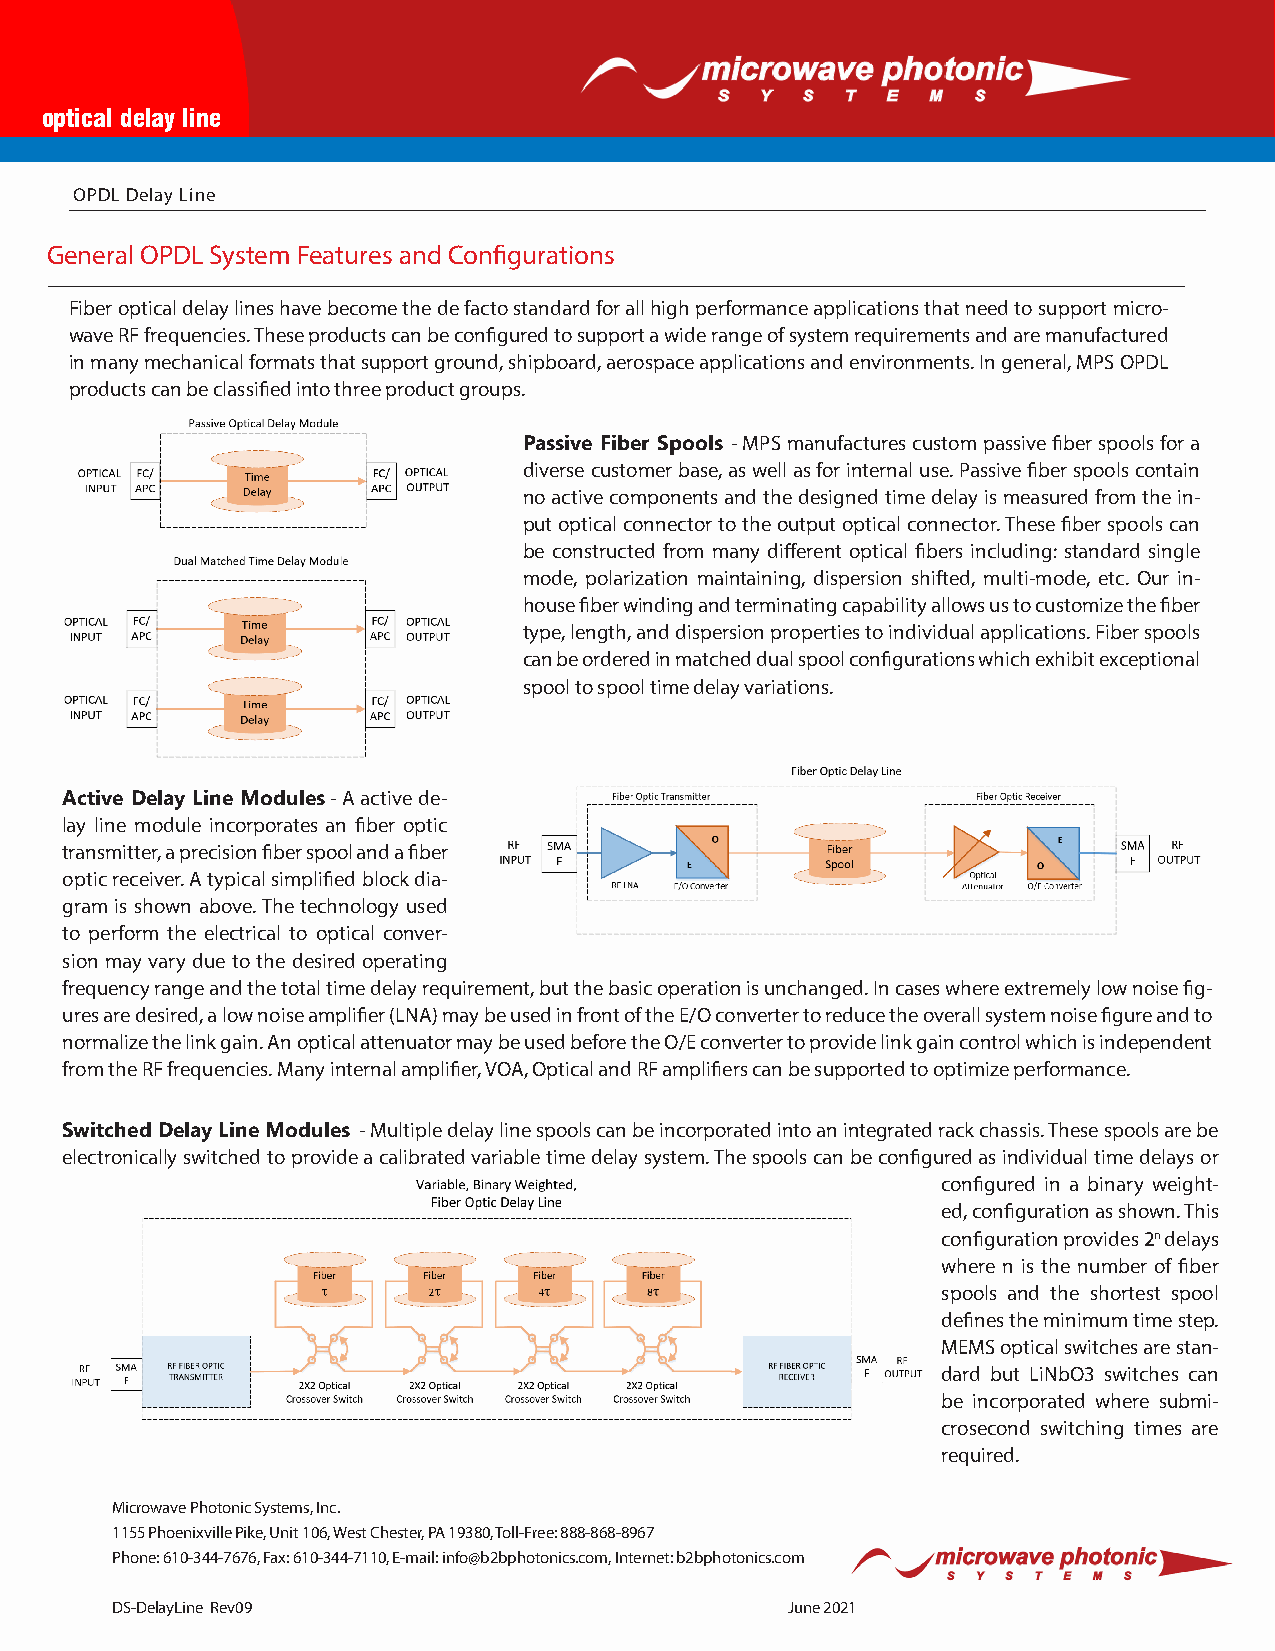
optical delay line
 OPDL Delay Line
 General OPDL System Features and Configurations
 Fiber optical delay lines have become the de facto standard for all high performance applications that need to support micro-
 wave RF frequencies. These products can be configured to support a wide range of system requirements and are manufactured
 in many mechanical formats that support ground, shipboard, aerospace applications and environments. In general, MPS OPDL
 products can be classified into three product groups.
 Passive Fiber Spools - MPS manufactures custom passive fiber spools for a
 diverse customer base, as well as for internal use. Passive fiber spools contain
 no active components and the designed time delay is measured from the in-
 put optical connector to the output optical connector. These fiber spools can
 be constructed from many different optical fibers including: standard single
 mode, polarization maintaining, dispersion shifted, multi-mode, etc. Our in-
 house fiber winding and terminating capability allows us to customize the fiber
 type, length, and dispersion properties to individual applications. Fiber spools
 can be ordered in matched dual spool configurations which exhibit exceptional
 spool to spool time delay variations.
 Active Delay Line Modules - A active de-
 lay line module incorporates an fiber optic
 transmitter, a precision fiber spool and a fiber
 optic receiver. A typical simplified block dia-
 gram is shown above. The technology used
 to perform the electrical to optical conver-
 sion may vary due to the desired operating
 frequency range and the total time delay requirement, but the basic operation is unchanged. In cases where extremely low noise fig-
 ures are desired, a low noise amplifier (LNA) may be used in front of the E/O converter to reduce the overall system noise figure and to
 normalize the link gain. An optical attenuator may be used before the O/E converter to provide link gain control which is independent
 from the RF frequencies. Many internal amplifier, VOA, Optical and RF amplifiers can be supported to optimize performance.
 Switched Delay Line Modules - Multiple delay line spools can be incorporated into an integrated rack chassis. These spools are be
 electronically switched to provide a calibrated variable time delay system. The spools can be configured as individual time delays or
 configured in a binary weight-
 ed, configuration as shown. This
 configuration provides 2n delays
 where n is the number of fiber
 spools and the shortest spool
 defines the minimum time step.
 MEMS optical switches are stan-
 dard but LiNbO3 switches can
 be incorporated where submi-
 crosecond switching times are
 required.
 Microwave Photonic Systems, Inc.
 1155 Phoenixville Pike, Unit 106, West Chester, PA 19380, Toll-Free: 888-868-8967
 Phone: 610-344-7676, Fax: 610-344-7110, E-mail: info@b2bphotonics.com, Internet: b2bphotonics.com
 DS-DelayLine Rev09                           June 2021